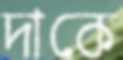
দাকে